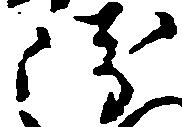
衛